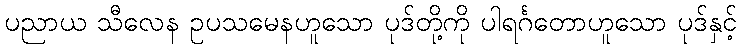
ပညာယ သီလေန ဥပသမေနဟူသော ပုဒ်တို့ကို ပါရင်္ဂတောဟူသော ပုဒ်နှင့်